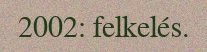
2002: felkelés.